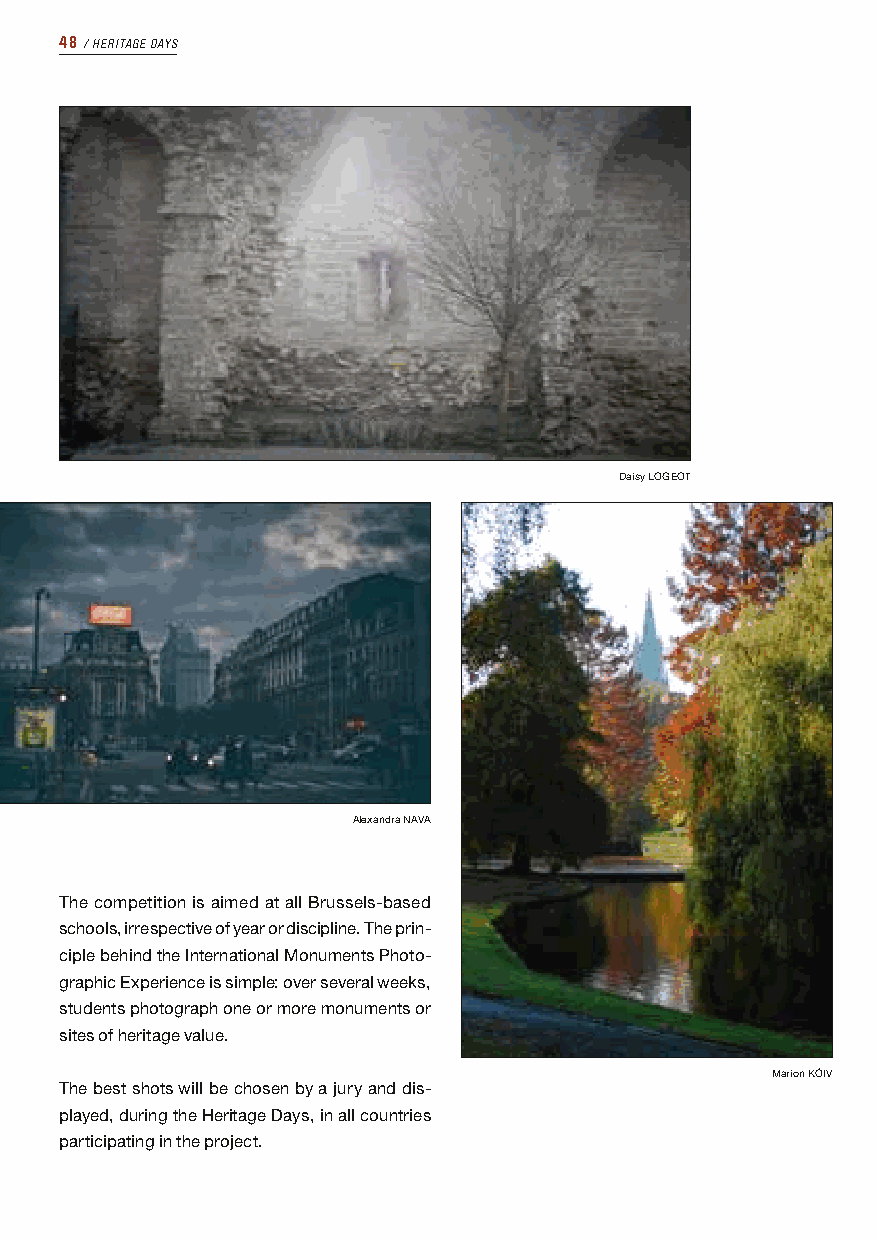
48 ⁄ HERITAGE DAYS
 Daisy LOGEOT
 Alexandra NAVA
 The competition is aimed at all Brussels-based
 schools, irrespective of year or discipline. The prin-
 ciple behind the International Monuments Photo-
 graphic Experience is simple: over several weeks,
 students photograph one or more monuments or
 sites of heritage value.
 Marion KÖIV
 The best shots will be chosen by a jury and dis-
 played, during the Heritage Days, in all countries
 participating in the project.